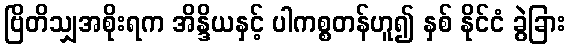
ဗြိတိသျှအစိုးရက အိန္ဒိယနှင့် ပါကစ္စတန်ဟူ၍ နှစ် နိုင်ငံ ခွဲခြား